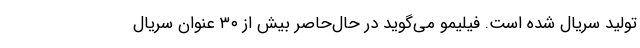
تولید سریال شده است. فیلیمو می‌گوید در حا‌ل‌حاصر بیش از ۳۰ عنوان سریال